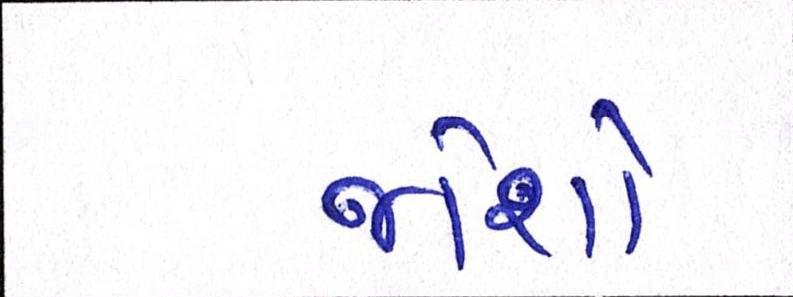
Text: જોશો